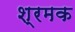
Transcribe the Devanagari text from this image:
श्रमक